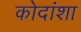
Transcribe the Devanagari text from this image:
कोदांशा